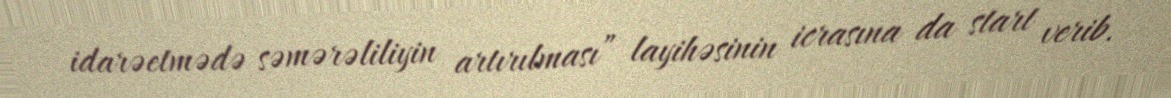
idarəetmədə səmərəliliyin artırılması” layihəsinin icrasına da start verib.